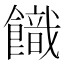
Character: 𩞡